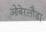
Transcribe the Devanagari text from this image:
ओबेरलौडा